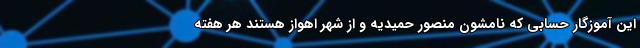
اين آموزگار حسابى كه نامشون منصور حميديه و از شهر اهواز هستند هر هفته